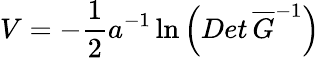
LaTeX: V=-\frac{1}{2}a^{-1}\ln\left(Det\, \overline{{{G}}}^{-1}\right)